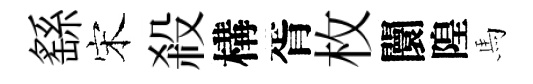
繇宋殺構胥枚闤隍馬